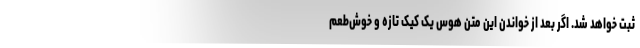
ثبت خواهد شد. اگر بعد از خواندن این متن هوس یک کیک تازه و خوش‌طعم